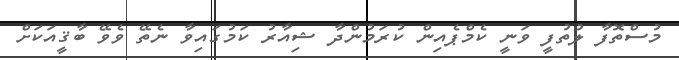
މުސްތޮފާ ލުތުފީ ވަނީ ކެމްޕެއިން ކުރަމުންދާ ޝިއާރު ކަމުގައިވާ ނެތޭ ވެވޭ ބާޤީއަކަށް